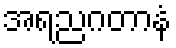
အရညဂတာနံ